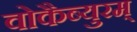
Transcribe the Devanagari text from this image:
वोकैब्युरम्